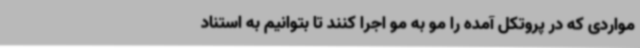
مواردی که در پروتکل آمده را مو به مو اجرا کنند تا بتوانیم به استناد